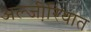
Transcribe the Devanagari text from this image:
अल्जी़रियात